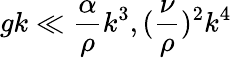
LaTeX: gk\ll\frac{\alpha}{\rho}k^{3},(\frac{\nu}{\rho})^{2}k^{4}